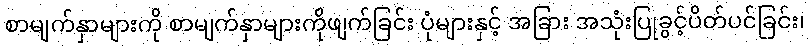
စာမျက်နှာများကို စာမျက်နှာများကိုဖျက်ခြင်း ပုံများနှင့် အခြား အသုံးပြုခွင့်ပိတ်ပင်ခြင်း၊